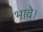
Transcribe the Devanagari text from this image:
भावे।